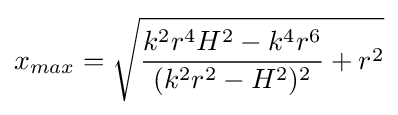
x_{max}={\sqrt {{k^{2}r^{4}H^{2}-k^{4}r^{6} \over (k^{2}r^{2}-H^{2})^{2}}+r^{2}}}